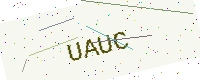
Text: UAUC